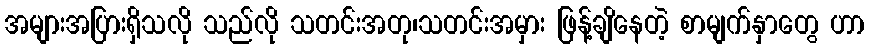
အများအပြားရှိသလို သည်လို သတင်းအတု၊သတင်းအမှား ဖြန့်ချိနေတဲ့ စာမျက်နှာတွေ ဟာ